Reports on military cantonments and civil stations in the Presidency of Bombay inspected by the Sanitary Commissioner in the years 1875 and 1876
Year: 1875
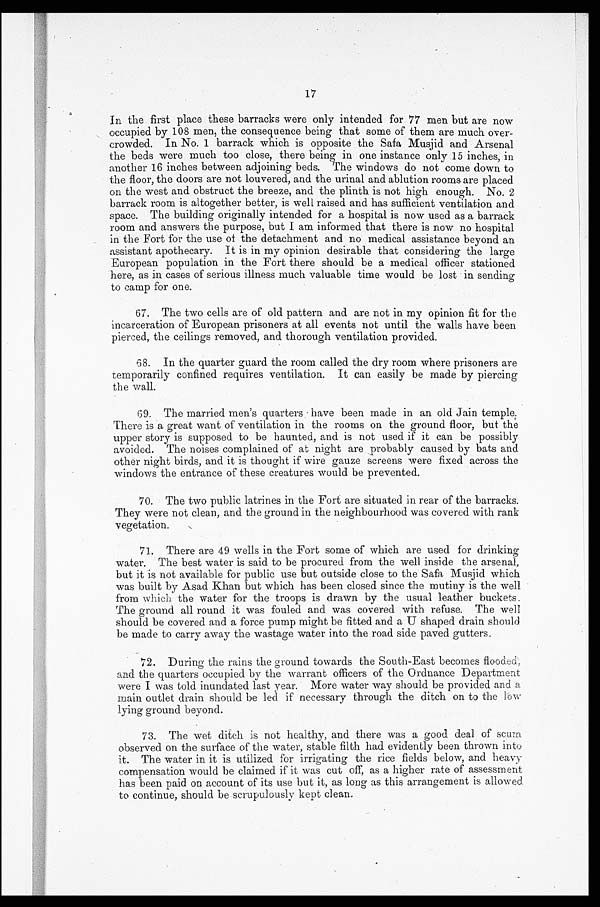
17
In the first place these barracks were only intended for 77 men but are now
occupied by 108 men, the consequence being that some of them are much over-
crowded. In No. 1 barrack which is opposite the Safa Musjid and Arsenal
the beds were much too close, there being in one instance only 15 inches, in
another 16 inches between adjoining beds. The windows do not come down to
the floor, the doors are not louvered, and the urinal and ablution rooms are placed
on the west and obstruct the breeze, and the plinth is not high enough. No. 2
barrack room is altogether better, is well raised and has sufficient ventilation and
space. The building originally intended for a hospital is now used as a barrack
room and answers the purpose, but I am informed that there is now no hospital
in the Fort for the use of the detachment and no medical assistance beyond an
assistant apothecary. It is in my opinion desirable that considering the large
European population in the Fort there should be a medical officer stationed
here, as in cases of serious illness much valuable time would be lost in sending
to camp for one.
67. The two cells are of old pattern and are not in my opinion fit for the
incarceration of European prisoners at all events not until the walls have been
pierced, the ceilings removed, and thorough ventilation provided.
68. In the quarter guard the room called the dry room where prisoners are
temporarily confined requires ventilation. It can easily be made by piercing
the wall.
69. The married men's quarters have been made in an old Jain temple;
There is a great want of ventilation in the rooms on the ground floor, but the
upper story is supposed to be haunted, and is not used if it can be possibly
avoided. The noises complained of at night are probably caused by bats and
other night birds, and it is thought if wire gauze screens were fixed across the
windows the entrance of these creatures would be prevented.
70. The two public latrines in the Fort are situated in rear of the barracks.
They were not clean, and the ground in the neighbourhood was covered with rank
vegetation.
71. There are 49 wells in the Fort some of which are used for drinking
water. The best water is said to be procured from the well inside the arsenal,
but it is not available for public use but outside close to the - Safa Musjid which
was built by Asad Khan but which has been closed since the mutiny is the well
from which the water for the troops is drawn by the usual leather buckets.
The ground all round it was fouled and was covered with refuse. The well
should be covered and a force pump might be fitted and a U shaped drain should.
be made to carry away the wastage water into the road side paved gutters.
72. During the rains the ground towards the South-East becomes flooded,
and the quarters occupied by the warrant officers of the Ordnance Department
were I was told inundated last year. More water way should be provided and a
main outlet drain should be led if necessary through. the ditch on to the low
lying ground beyond.
73. The wet ditch is not healthy, and there was a good deal of scum
observed on the surface of the water, stable filth had evidently been thrown into
it. The water in it is utilized for irrigating the rice fields below, and heavy
compensation would be claimed if it was cut off, as a higher rate of assessment
has been paid on account of its use but it, as long as this arrangement is allowed
to continue, should be scrupulously kept clean.